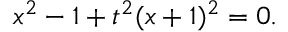
x ^ { 2 } - 1 + t ^ { 2 } ( x + 1 ) ^ { 2 } = 0 .